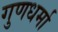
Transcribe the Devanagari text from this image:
गुणधर्मा